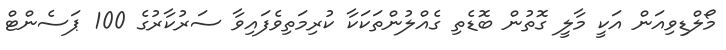
މޯލްޑިވިއަން އަކީ މާލީ ގޮތުން ބޮޑެތި ގެއްލުންތަކަކާ ކުރިމަތިވެފައިވާ ސަރުކާރުގެ 100 ޕަސެންޓް